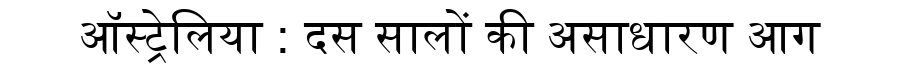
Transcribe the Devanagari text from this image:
ऑस्ट्रेलिया : दस सालों की असाधारण आग